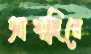
আগাদিরে